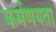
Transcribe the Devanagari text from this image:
कर्मणयता